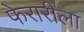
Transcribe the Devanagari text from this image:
फेरारीला